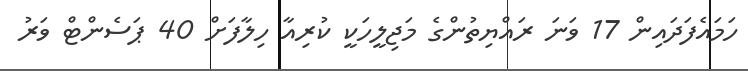
ހަމައެފަދައިން 17 ވަނަ ރައްޔިތުންގެ މަޖިލީހަކީ ކުރިއާ ހިލާފަށް 40 ޕަސެންޓް ވަރު